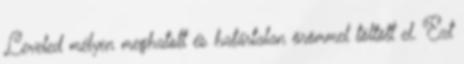
Leveled mélyen meghatott és határtalan örömmel töltött el. Ezt